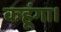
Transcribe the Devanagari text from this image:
कहूंगा।